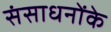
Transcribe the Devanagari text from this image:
संसाधनोंके